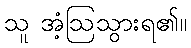
သူ အံ့ဩသွားရ၏။